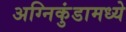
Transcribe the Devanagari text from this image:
अग्निकुंडामध्ये